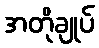
အတိုချုပ်